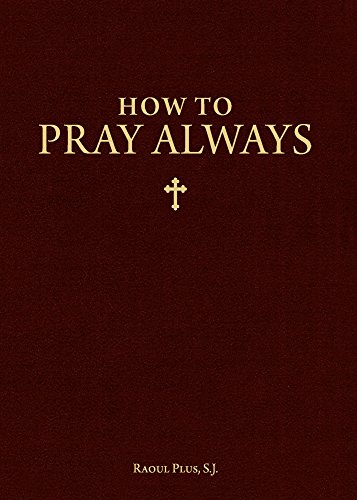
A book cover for How to Pray Always; Raoul Plus; Christian Books & Bibles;